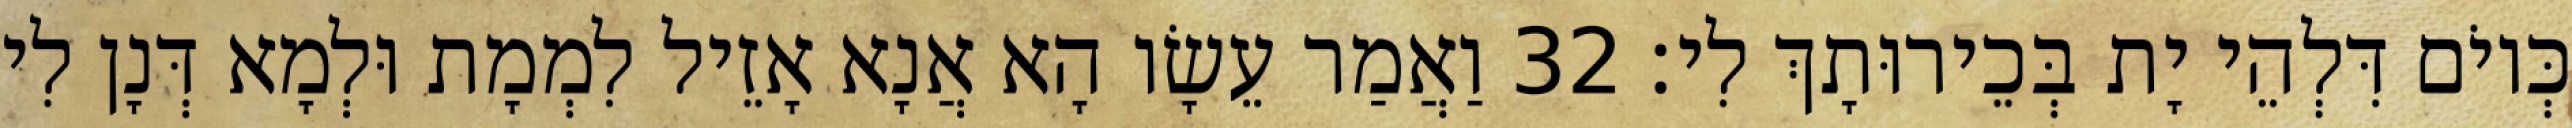
כְּיוֹם דִּלְהֵי יָת בְּכֵירוּתָךְ לִי׃ 32 וַאֲמַר עֵשָׂו הָא אֲנָא אָזֵיל לִמְמָת וּלְמָא דְּנָן לִי